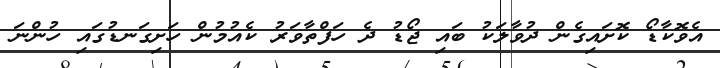
އެވޮކާޑޯ ކޮށައިގެން ދުވާލަކު ބައި ޖޯޑު ދެ ހަފްތާވަރު ކެއުމުން ހަށިގަނޑުގައި ހުންނަ